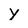
Character: y